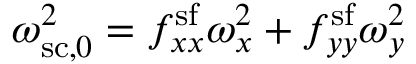
\omega _ { \mathrm { s c } , 0 } ^ { 2 } = f _ { x x } ^ { \mathrm { s f } } \omega _ { x } ^ { 2 } + f _ { y y } ^ { \mathrm { s f } } \omega _ { y } ^ { 2 }